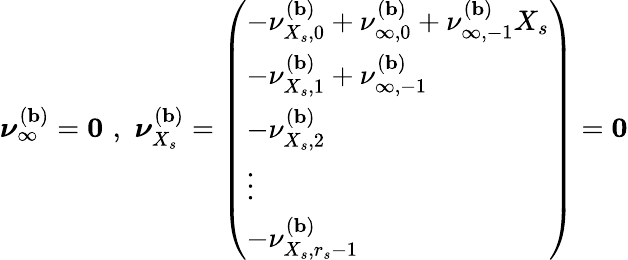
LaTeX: \boldsymbol{\nu}_{\infty}^{(\mathbf{b})}=\mathbf{0}\, \, ,\, \, \boldsymbol{\nu}_{X_{s}}^{(\mathbf{b})}=\left(\begin{array}{l}{-\nu_{{X_{s}},0}^{(\mathbf{b})}+\nu_{\infty,0}^{(\mathbf{b})}+\nu_{\infty,-1}^{(\mathbf{b})}X_{s}}\\ {-\nu_{{X_{s}},1}^{(\mathbf{b})}+\nu_{\infty,-1}^{(\mathbf{b})}}\\ {-\nu_{{X_{s}},2}^{(\mathbf{b})}}\\ {\vdots}\\ {-\nu_{{X_{s}},r_{s}-1}^{(\mathbf{b})}}\end{array}\right)=\mathbf{0}